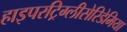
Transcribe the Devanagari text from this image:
हाइपरट्रिग्लीसेरिडेमिया